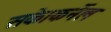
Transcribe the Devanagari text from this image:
सके।कर्नेल